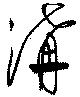
溝